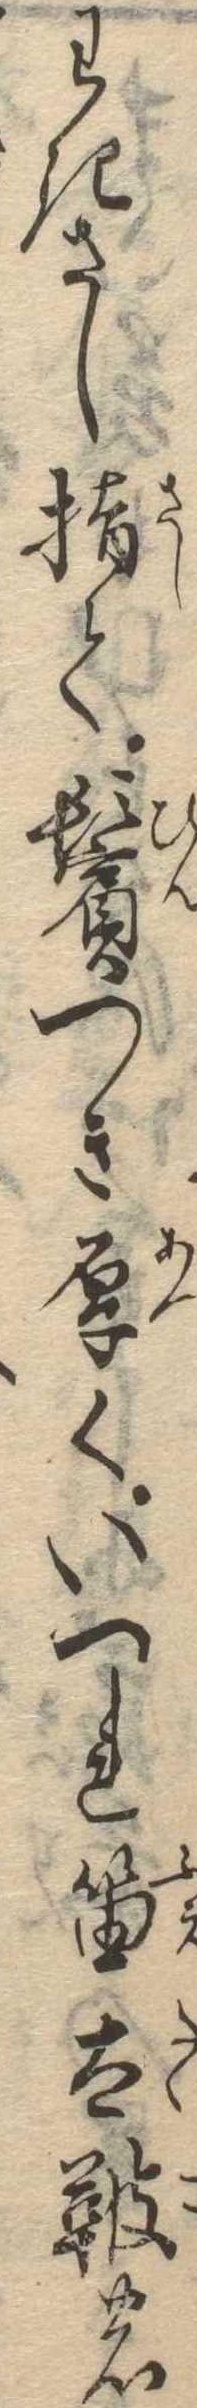
わきさし指て鬢つき厚くいつれ笛太鞁の